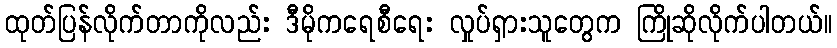
ထုတ်ပြန်လိုက်တာကိုလည်း ဒီမိုကရေစီရေး လှုပ်ရှားသူတွေက ကြိုဆိုလိုက်ပါတယ်။